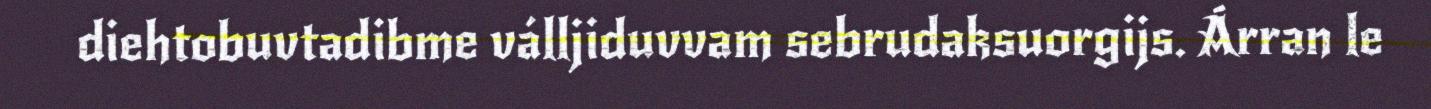
diehtobuvtadibme válljiduvvam sebrudaksuorgijs. Árran le